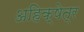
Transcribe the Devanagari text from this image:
अहिक्षेत्र